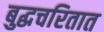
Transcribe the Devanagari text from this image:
बुद्धचरितात